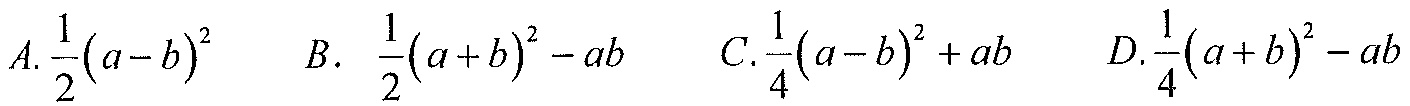
A. \(\frac{1}{2}(a - b)^{2}\)  B. \(\frac{1}{2}(a + b)^{2}-ab\)  C. \(\frac{1}{4}(a - b)^{2}+ab\)  D. \(\frac{1}{4}(a + b)^{2}-ab\)